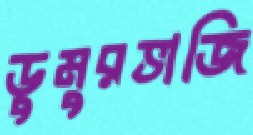
ডুমুরভাজি